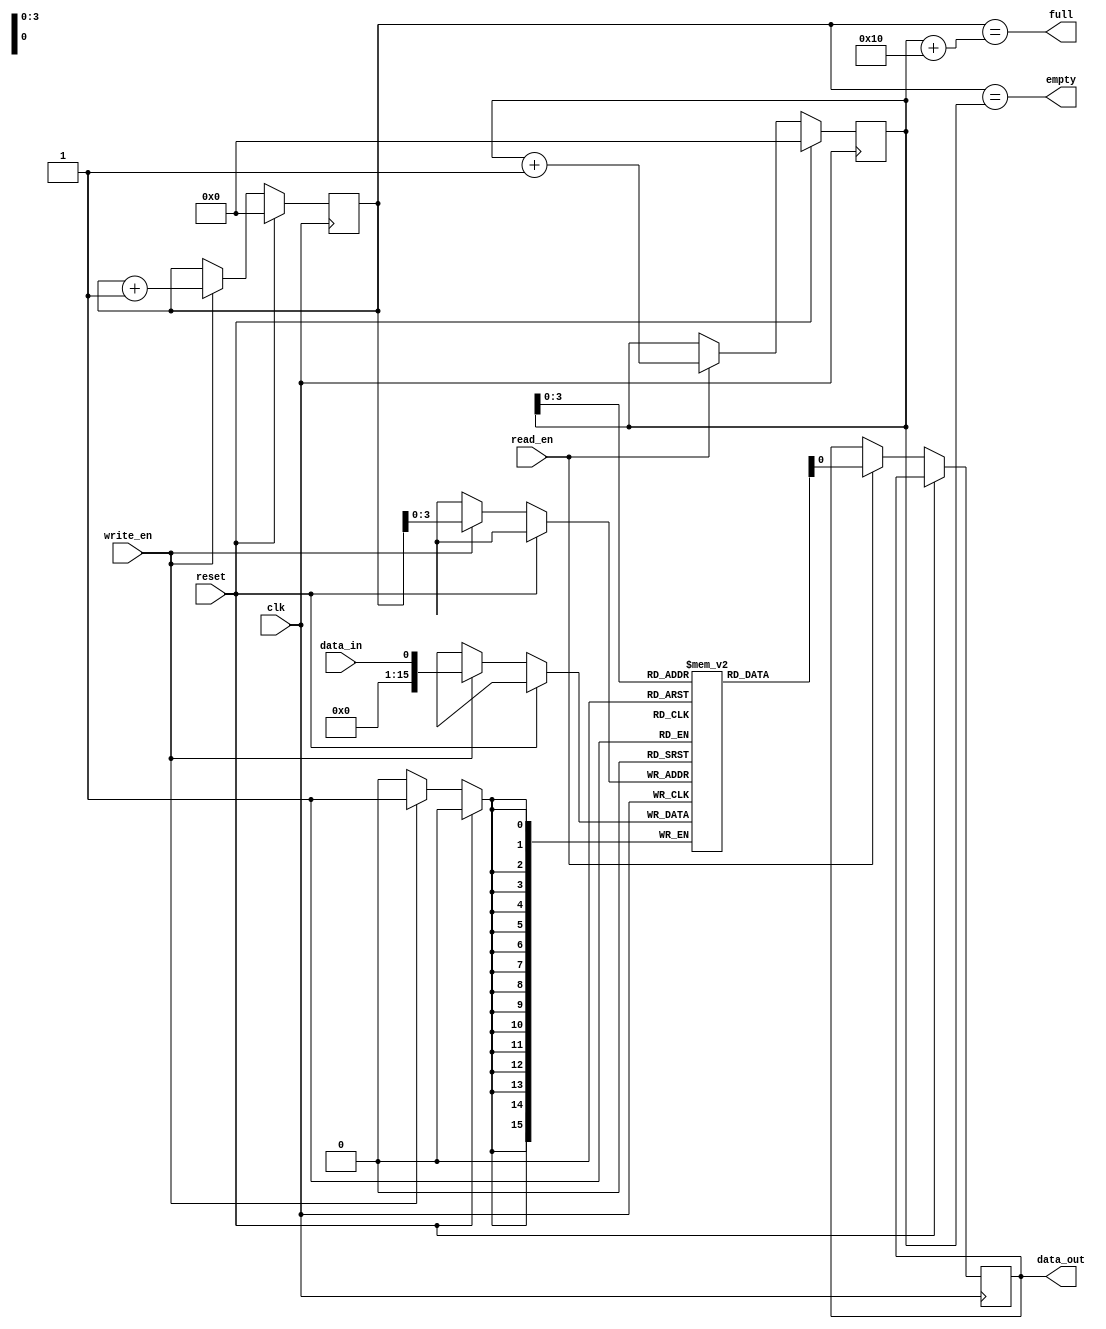
module synchronous_fifo (
    input wire clk,
    input wire reset,
    input wire write_en,
    input wire read_en,
    input wire data_in,
    output wire data_out,
    output wire full,
    output wire empty
);

parameter DEPTH = 16; // Depth of the FIFO
parameter WIDTH = 8; // Width of each data element

reg [DEPTH-1:0] mem [0:DEPTH-1];
reg [WIDTH-1:0] write_ptr = 0;
reg [WIDTH-1:0] read_ptr = 0;

always @(posedge clk) begin
    if (reset) begin
        write_ptr <= 0;
        read_ptr <= 0;
    end else begin
        if (write_en) begin
            mem[write_ptr] <= data_in;
            write_ptr <= write_ptr + 1;
        end
        if (read_en) begin
            data_out <= mem[read_ptr];
            read_ptr <= read_ptr + 1;
        end
    end
end

assign full = (write_ptr == read_ptr + DEPTH);
assign empty = (write_ptr == read_ptr);
  
endmodule